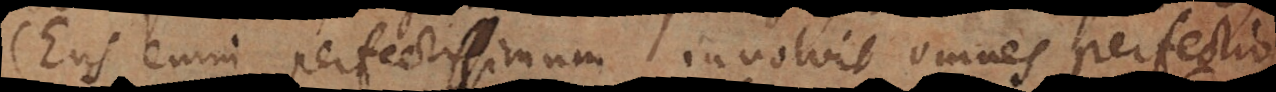
(Ens enim perfectissimum involvit omnes perfectio